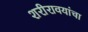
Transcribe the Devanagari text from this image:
शरीरावयांचा